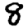
Digit: 8